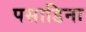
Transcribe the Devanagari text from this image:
पसाडिना